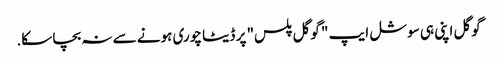
گوگل اپنی ہی سوشل ایپ " گوگل پلس" پر ڈیٹا چوری ہونے سے نہ بچا سکا.